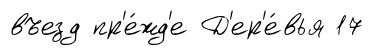
въезд пр'е́жд'е Д'ер'е́вья 17